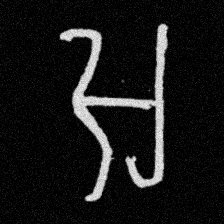
Pyu character \u2014 Myanmar letter: အ (romanized: a)